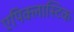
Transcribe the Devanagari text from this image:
एपिक्लास्टिक